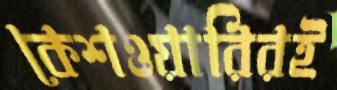
কেশওয়ারিরই